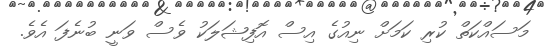
މަސައްކަތް ކުރި ކަމަށް ނިއުގެ އިސް އޮފިޝަލަކު ވެސް ވަނީ ބުނެފަ އެވެ.